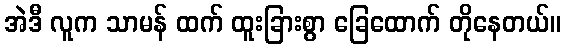
အဲဒီ လူက သာမန် ထက် ထူးခြားစွာ ခြေထောက် တိုနေတယ်။